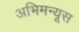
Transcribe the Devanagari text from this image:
अभिमन्यूस